Civil Veterinary Department Bengal reports 1933-51 - 1933-1951
Year: 1933
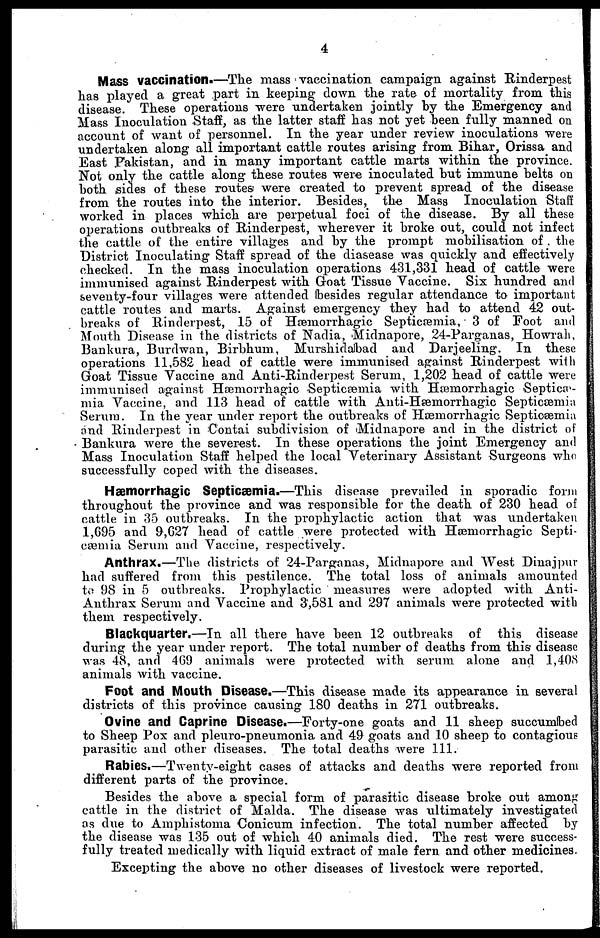
4
Mass vaccination.—The mass vaccination campaign against Rinderpest
has played a great part in keeping down the rate of mortality from this
disease. These operations were undertaken jointly by the Emergency and
Mass Inoculation Staff, as the latter staff has not yet been fully manned on
account of want of personnel. In the year under review inoculations were
undertaken along all important cattle routes arising from Bihar, Orissa and
East Pakistan, and in many important cattle marts within the province.
Not only the cattle along these routes were inoculated but immune belts on
both sides of these routes were created to prevent spread of the disease
from the routes into the interior. Besides, the Mass Inoculation Staff
worked in places which are perpetual foci of the disease. By all these
operations outbreaks of Rinderpest, wherever it broke out, could not infect
the cattle of the entire villages and by the prompt mobilisation of the
District Inoculating Staff spread of the diasease was quickly and effectively
checked. In the mass inoculation operations 431,331 head of cattle were
immunised against Rinderpest with Goat Tissue Vaccine. Six hundred and
seventy-four villages were attended besides regular attendance to important
cattle routes and marts. Against emergency they had to attend 42 out-
breaks of Rinderpest, 15 of Hemorrhagic Septicæmia, 3 of Foot and
Mouth Disease in the districts of Nadia, Midnapore, 24-Parganas, Howrah,
Bankura, Burdwan, Birbhum, Murshidabad and Darjeeling. In these
operations 11,582 head of cattle were immunised against Rinderpest with
Goat Tissue Vaccine and Anti-Rinderpest Serum, 1,202 head of cattle were
immunised against Hemorrhagic Septicæmia with Hæmorrhagic Septicæ-
mia Vaccine, and 113 head of cattle with Anti-Hæmorrhagic Septicæmia
Serum. In the year under report the outbreaks of Hemorrhagic Septicæmia
and Rinderpest in Contai subdivision of Midnapore and in the district of
Bankura were the severest. In these operations the joint Emergency and
Mass Inoculation Staff helped the local Veterinary Assistant Surgeons who
successfully coped with the diseases.
Hæmorrhagic Septicæmia.—This disease prevailed in sporadic form
throughout the province and was responsible for the death of 230 head of
cattle in 35 outbreaks. In the prophylactic action that was undertaken
1,695 and 9,627 head of cattle were protected with Hemorrhagic Septi-
cemia Serum and Vaccine, respectively.
Anthrax.—The districts of 24-Parganas, Midnapore and West Dinajpur
had suffered from this pestilence. The total loss of animals amounted
to 98 in 5 outbreaks. Prophylactic measures were adopted with Anti-
Anthrax Serum and Vaccine and 3,581 and 297 animals were protected with
them respectively.
Blackquarter.—In all there have been 12 outbreaks of this disease
during the year under report. The total number of deaths from this disease
was 48, and 469 animals were protected with serum alone and 1,40<S
animals with vaccine.
Foot and Mouth Disease.—This disease made its appearance in several
districts of this province causing 180 deaths in 271 outbreaks.
Ovine and Caprine Disease.—Forty-one goats and 11 sheep succumbed
to Sheep Pox and pleuro-pneumonia and 49 goats and 10 sheep to contagious
parasitic and other diseases. The total deaths were 111.
Rabies.—Twenty-eight cases of attacks and deaths were reported from
different parts of the province.
Besides the above a special form of parasitic disease broke out among
cattle in the district of Malda. The disease was ultimately investigated
as due to Amphistoma Conicum infection. The total number affected by
the disease was 135 out of which 40 animals died. The rest were success-
fully treated medically with liquid extract of male fern and other medicines.
Excepting the above no other diseases of livestock were reported.